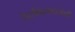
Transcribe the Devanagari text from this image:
टेटविलकरांची